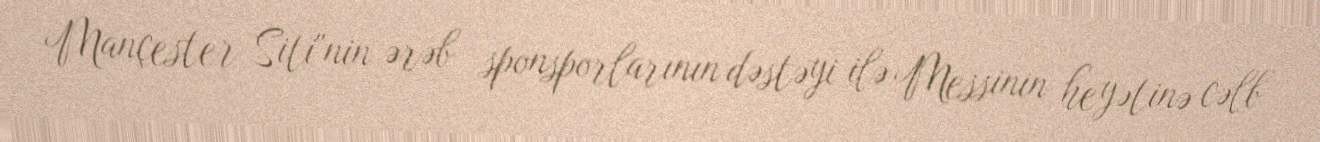
Mançester Siti"nin ərəb sponsporlarının dəstəyi ilə Messinin heyətinə cəlb